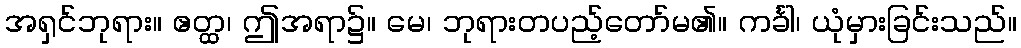
အရှင်ဘုရား။ ဧတ္ထ၊ ဤအရာ၌။ မေ၊ ဘုရားတပည့်တော်မ၏။ ကင်္ခါ၊ ယုံမှားခြင်းသည်။